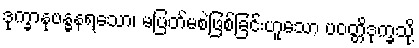
ဒုက္ခာနုဗန္ဓနရသော၊ မပြတ်မစဲဖြစ်ခြင်းဟူသော ပဝတ္တိဒုက္ခသို့